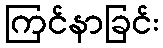
ကြင်နာခြင်း